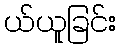
ယ်ယူခြင်း